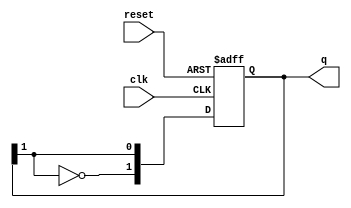
module JohnsonCounter #(
    parameter N = 2 // default size of the counter (can be changed)
) (
    input wire clk,       // Clock signal
    input wire reset,     // Asynchronous reset
    output reg [N-1:0] q // Output of the counter
);

    // Always block triggered on rising edge of clock or when reset is asserted
    always @(posedge clk or posedge reset) begin
        if (reset) begin
            // Initialize the counter to zero on reset
            q <= 0;
        end else begin
            // Shift the current state and feedback the inverted last bit
            q <= {~q[N-1], q[N-1:N-1]}; // Shift left and invert the last bit
        end
    end

endmodule